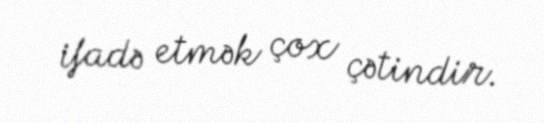
ifadə etmək çox çətindir.